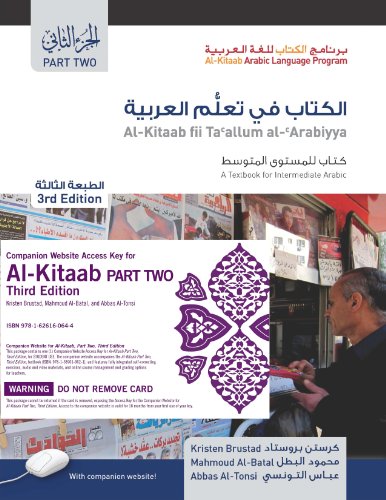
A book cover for Al-Kitaab Part Two, Third Edition Bundle: Book + DVD + Website Access Card (Al-Kitaab Arabic Language Program) (Arabic Edition); Kristen Brustad; Reference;